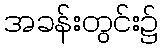
အခန်းတွင်း၌